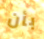
بأن